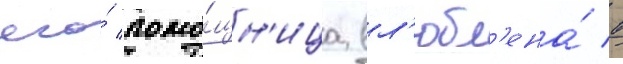
его́ помо́щн'ица вл'юбл'ена́ в